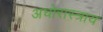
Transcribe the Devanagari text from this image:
अघोरास्त्राय